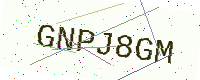
Text: GNPJ8GM